Annual administration and progress report of the Indian Medical Department, Bombay
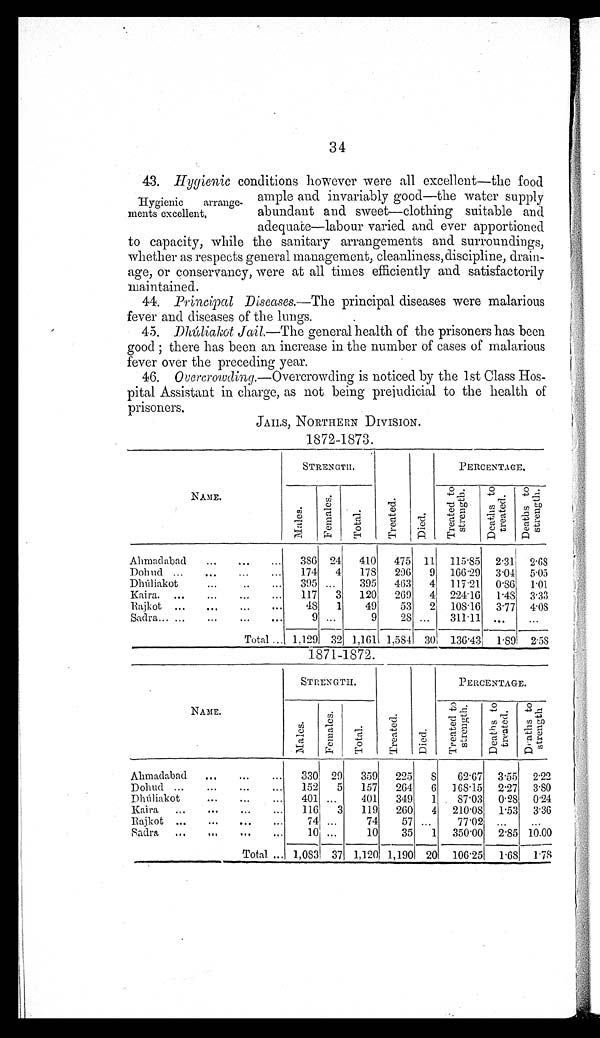
34
43.Hygienic conditions however were all excellent—the food
ample and invariably good-the water supply
Hygienic arrange-
ments excellent,
abundant and sweet—clothing suitable and
adequate—labour varied and ever apportioned
to capacity, while the sanitary arrangements and surroundings,
whether as respects general management, cleanliness, discipline, drain-
-age, or conservancy, were at all times efficiently and satisfactorily
m a i n t a i n e d .
44. Principal D iseases.—The principal diseases were malarious
fever and diseases of the lungs.
45.Dhuliakot Jail.—The general health of the prisoners has been
good; there has been an increase in the number of cases of malarious
fever over the preceding year.
46.Overcrowding.—Overcrowding is noticed by the 1st Class Hos-
pital Assistant in charge, as not being prejudicial to the health of
prisoners.
JAILS, NORTHERN DIVISION.
1872-1873.
NAME.
STRENGTH.
Treated.
Di ed.
PERCENTAGE.
Ma l e s .
F e ma l e s .
Total.
Tr eat ed t o s t r engt h.
D e a t h s t o t r e a t e d .
Deat hs t o st rengt h.
Aham a d a b a d
386 24
410
475 11
115.85
2.31
2.68
Dohud
174
4
178
296
9
166.29 3.04 5.05
D h u l i a k o t
395 ...
395
463
4
117.21
0.86
1.01
Kaira
117
3
120
269
4 224.16
1.48 3.33
R a j k o t
48
1
49
53
2 108.16
3.77
4.08
Sadra
Total
9 ...
9
28 ...
311.11
...
. . .
1,129 32 1,161 1,584 30
136.43 1.89 2.58
1871-1872.
NAME.
STRENGTH.
Treated.
Di ed.
PERCENTAGE.
Males.
Femal es.
Total.
T r e a t e d t o s t r e n g t h .
D e a t h s t o t r e a t e d .
D e a t h s t o s t r e n g t h .
Ahmadabad
330 29
359
225
8
62.67
3.55
2.22
Dohud
152
5
157
264
6 168.15
2.27
3.80
D h u l i a k o t
401 ...
401
349
1
87.03 0.28 0.24
Kai ra
116
3
119
260
4
210.08
1.53
3.36
R a j k o t
74 ...
74
57 ...
77.02
...
...
Sadra
Total
10 ...
10
35
1
350.00
2.85 10.00
1,083 37 1,120 1,190 20
106.25
1.68
1.78